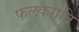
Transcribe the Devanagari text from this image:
फलकगति